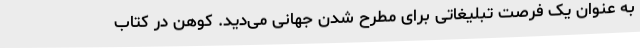
به عنوان یک فرصت تبلیغاتی برای مطرح شدن جهانی می‌دید. کوهن در کتاب